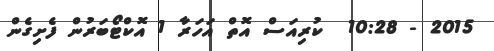
2015 - 10:28  ކުރިއަސް އޮތް އަަހަރާ 1 އޮކްޓޯބަރުން ފެށިގެން